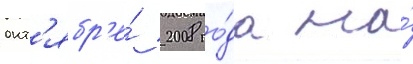
окт'ябр'е́ 2008 го́да на́